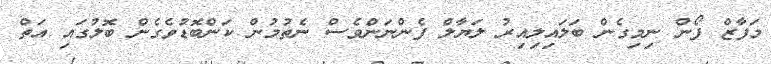
މަފާޒް ފޯން ނިމިގެން ބަލައިލިއިރު ލަޔާލް ފެންނަންވެސް ނެތުމުން ކަންބޮޑުވެގެން ބޮލުގައި އަތް